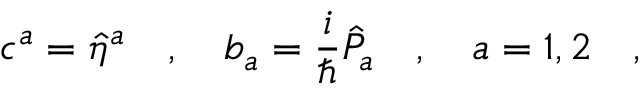
c ^ { a } = \hat { \eta } ^ { a } \ \ \ , \ \ \ b _ { a } = \frac { i } { \hbar } \hat { { \cal P } } _ { a } \ \ \ , \ \ \ a = 1 , 2 \ \ \ ,